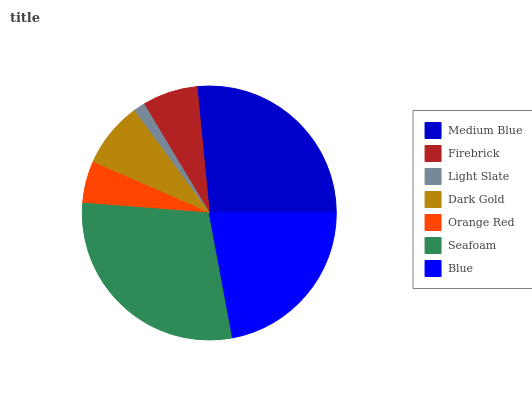
| Medium Blue | Firebrick | Light Slate | Dark Gold | Orange Red | Seafoam | Blue |
 | --- | --- | --- | --- | --- | --- | --- |
 | 26.6% | 7.05% | 1.48% | 8.37% | 5.3% | 29.1% | 22.1% |